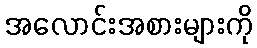
အလောင်းအစားများကို